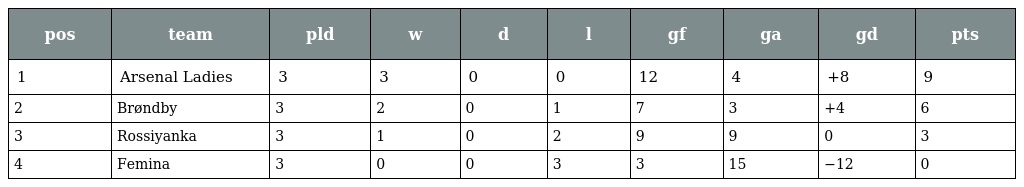
| pos | team | pld | w | d | l | gf | ga | gd | pts |
 | --- | --- | --- | --- | --- | --- | --- | --- | --- | --- |
 | 1 | Arsenal Ladies | 3 | 3 | 0 | 0 | 12 | 4 | +8 | 9 |
 | 2 | Brøndby | 3 | 2 | 0 | 1 | 7 | 3 | +4 | 6 |
 | 3 | Rossiyanka | 3 | 1 | 0 | 2 | 9 | 9 | 0 | 3 |
 | 4 | Femina | 3 | 0 | 0 | 3 | 3 | 15 | −12 | 0 |